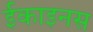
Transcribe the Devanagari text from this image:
ईकाइनस